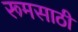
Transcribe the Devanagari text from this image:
रूमसाठी